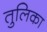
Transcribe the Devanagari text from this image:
तुलिका